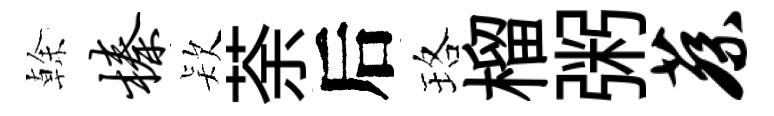
𠏉榛𣣇荼后珞榴粥蔡